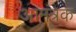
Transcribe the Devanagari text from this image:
आमंत्रक